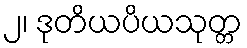
၂၊ ဒုတိယပိယသုတ္တ